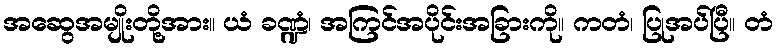
အဆွေအမျိုးတို့အား။ ယံ ခဏ္ဍံ၊ အကြင်အပိုင်းအခြားကို။ ကတံ၊ ပြုအပ်ပြီ။ တံ